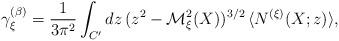
LaTeX: \begin{align*}\gamma_\xi^{(\beta)} = \frac{1}{3 \pi^2} \int_{C'} d z \, (z^2 - {\cal M}_\xi^2 (X))^{3 / 2} \, \langle N^{(\xi)} (X; z) \rangle , \end{align*}